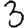
Digit: 3